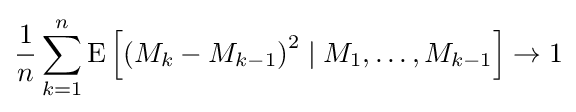
{\frac {1}{n}}\sum _{k=1}^{n}\operatorname {E} \left[\left(M_{k}-M_{k-1}\right)^{2}\mid M_{1},\dots ,M_{k-1}\right]\to 1